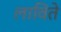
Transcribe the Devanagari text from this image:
लाविते